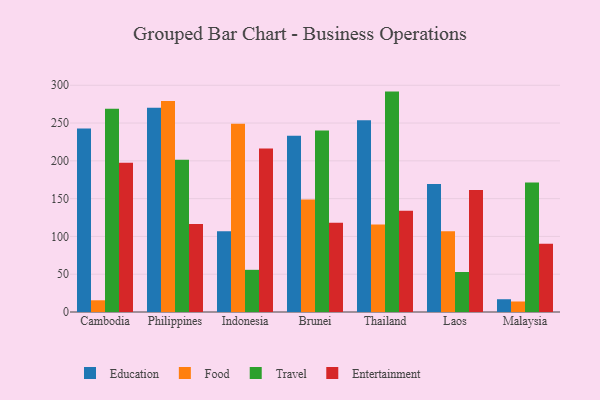
{"axis": {"x": "Country", "y": "Inventory Turnover"}, "legend": ["Education", "Entertainment", "Food", "Travel"], "data": [{"x": "Cambodia", "y": 242.7, "type": "Education"}, {"x": "Cambodia", "y": 15.5, "type": "Food"}, {"x": "Cambodia", "y": 269.0, "type": "Travel"}, {"x": "Cambodia", "y": 197.5, "type": "Entertainment"}, {"x": "Philippines", "y": 270.2, "type": "Education"}, {"x": "Philippines", "y": 279.1, "type": "Food"}, {"x": "Philippines", "y": 201.5, "type": "Travel"}, {"x": "Philippines", "y": 116.3, "type": "Entertainment"}, {"x": "Indonesia", "y": 106.8, "type": "Education"}, {"x": "Indonesia", "y": 249.1, "type": "Food"}, {"x": "Indonesia", "y": 55.8, "type": "Travel"}, {"x": "Indonesia", "y": 216.4, "type": "Entertainment"}, {"x": "Brunei", "y": 233.1, "type": "Education"}, {"x": "Brunei", "y": 148.7, "type": "Food"}, {"x": "Brunei", "y": 240.1, "type": "Travel"}, {"x": "Brunei", "y": 118.1, "type": "Entertainment"}, {"x": "Thailand", "y": 253.6, "type": "Education"}, {"x": "Thailand", "y": 115.9, "type": "Food"}, {"x": "Thailand", "y": 291.6, "type": "Travel"}, {"x": "Thailand", "y": 133.9, "type": "Entertainment"}, {"x": "Laos", "y": 169.3, "type": "Education"}, {"x": "Laos", "y": 106.7, "type": "Food"}, {"x": "Laos", "y": 52.9, "type": "Travel"}, {"x": "Laos", "y": 161.5, "type": "Entertainment"}, {"x": "Malaysia", "y": 16.9, "type": "Education"}, {"x": "Malaysia", "y": 13.9, "type": "Food"}, {"x": "Malaysia", "y": 171.5, "type": "Travel"}, {"x": "Malaysia", "y": 90.2, "type": "Entertainment"}]}